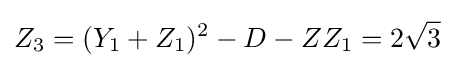
Z_{3}=(Y_{1}+Z_{1})^{2}-D-ZZ_{1}=2{\sqrt {3}}